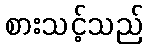
စားသင့်သည်